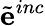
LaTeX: \tilde{\mathbf e}^{inc}